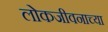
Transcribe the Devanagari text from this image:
लोकजीवनाच्या